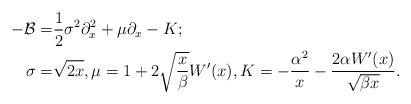
LaTeX: \begin{align*} -\mathcal{B} =& \frac{1}{2}\sigma^2 \partial_{x}^2 +\mu \partial_x - K;\\ \sigma=&\sqrt{2x}, \mu= 1+2\sqrt{ \frac{x}{\beta}}W'(x) ,K= -\frac{\alpha^2}{ x}- \frac{2\alpha W'(x)}{\sqrt{\beta x}}.\end{align*}